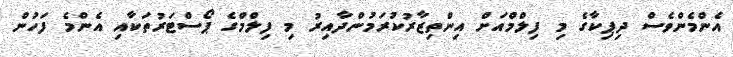
އެންމެންވެސް ދިޕިކާގެ މި ފިލްމްއަށް އިންތިޒާރުކުރަމުންދާއިރު މި ފިލްމްގެ ޕޯސްޓަރުތަކާއި އެންމެ ފަހުން